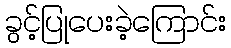
ခွင့်ပြုပေးခဲ့ကြောင်း